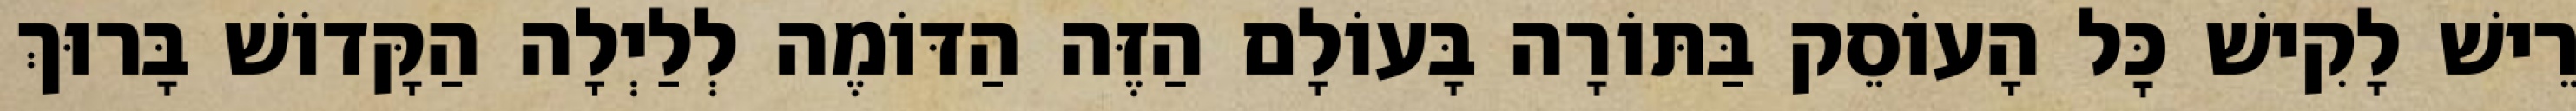
רֵישׁ לָקִישׁ כׇּל הָעוֹסֵק בַּתּוֹרָה בָּעוֹלָם הַזֶּה הַדּוֹמֶה לְלַיְלָה הַקָּדוֹשׁ בָּרוּךְ